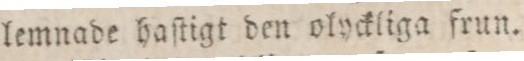
lemnade haſtigt den olyckliga frun.